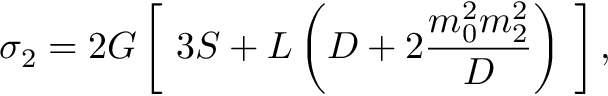
\sigma _ { 2 } = 2 G \left[ ~ 3 S + L \left( D + 2 { \frac { m _ { 0 } ^ { 2 } m _ { 2 } ^ { 2 } } { D } } \right) ~ \right] ,